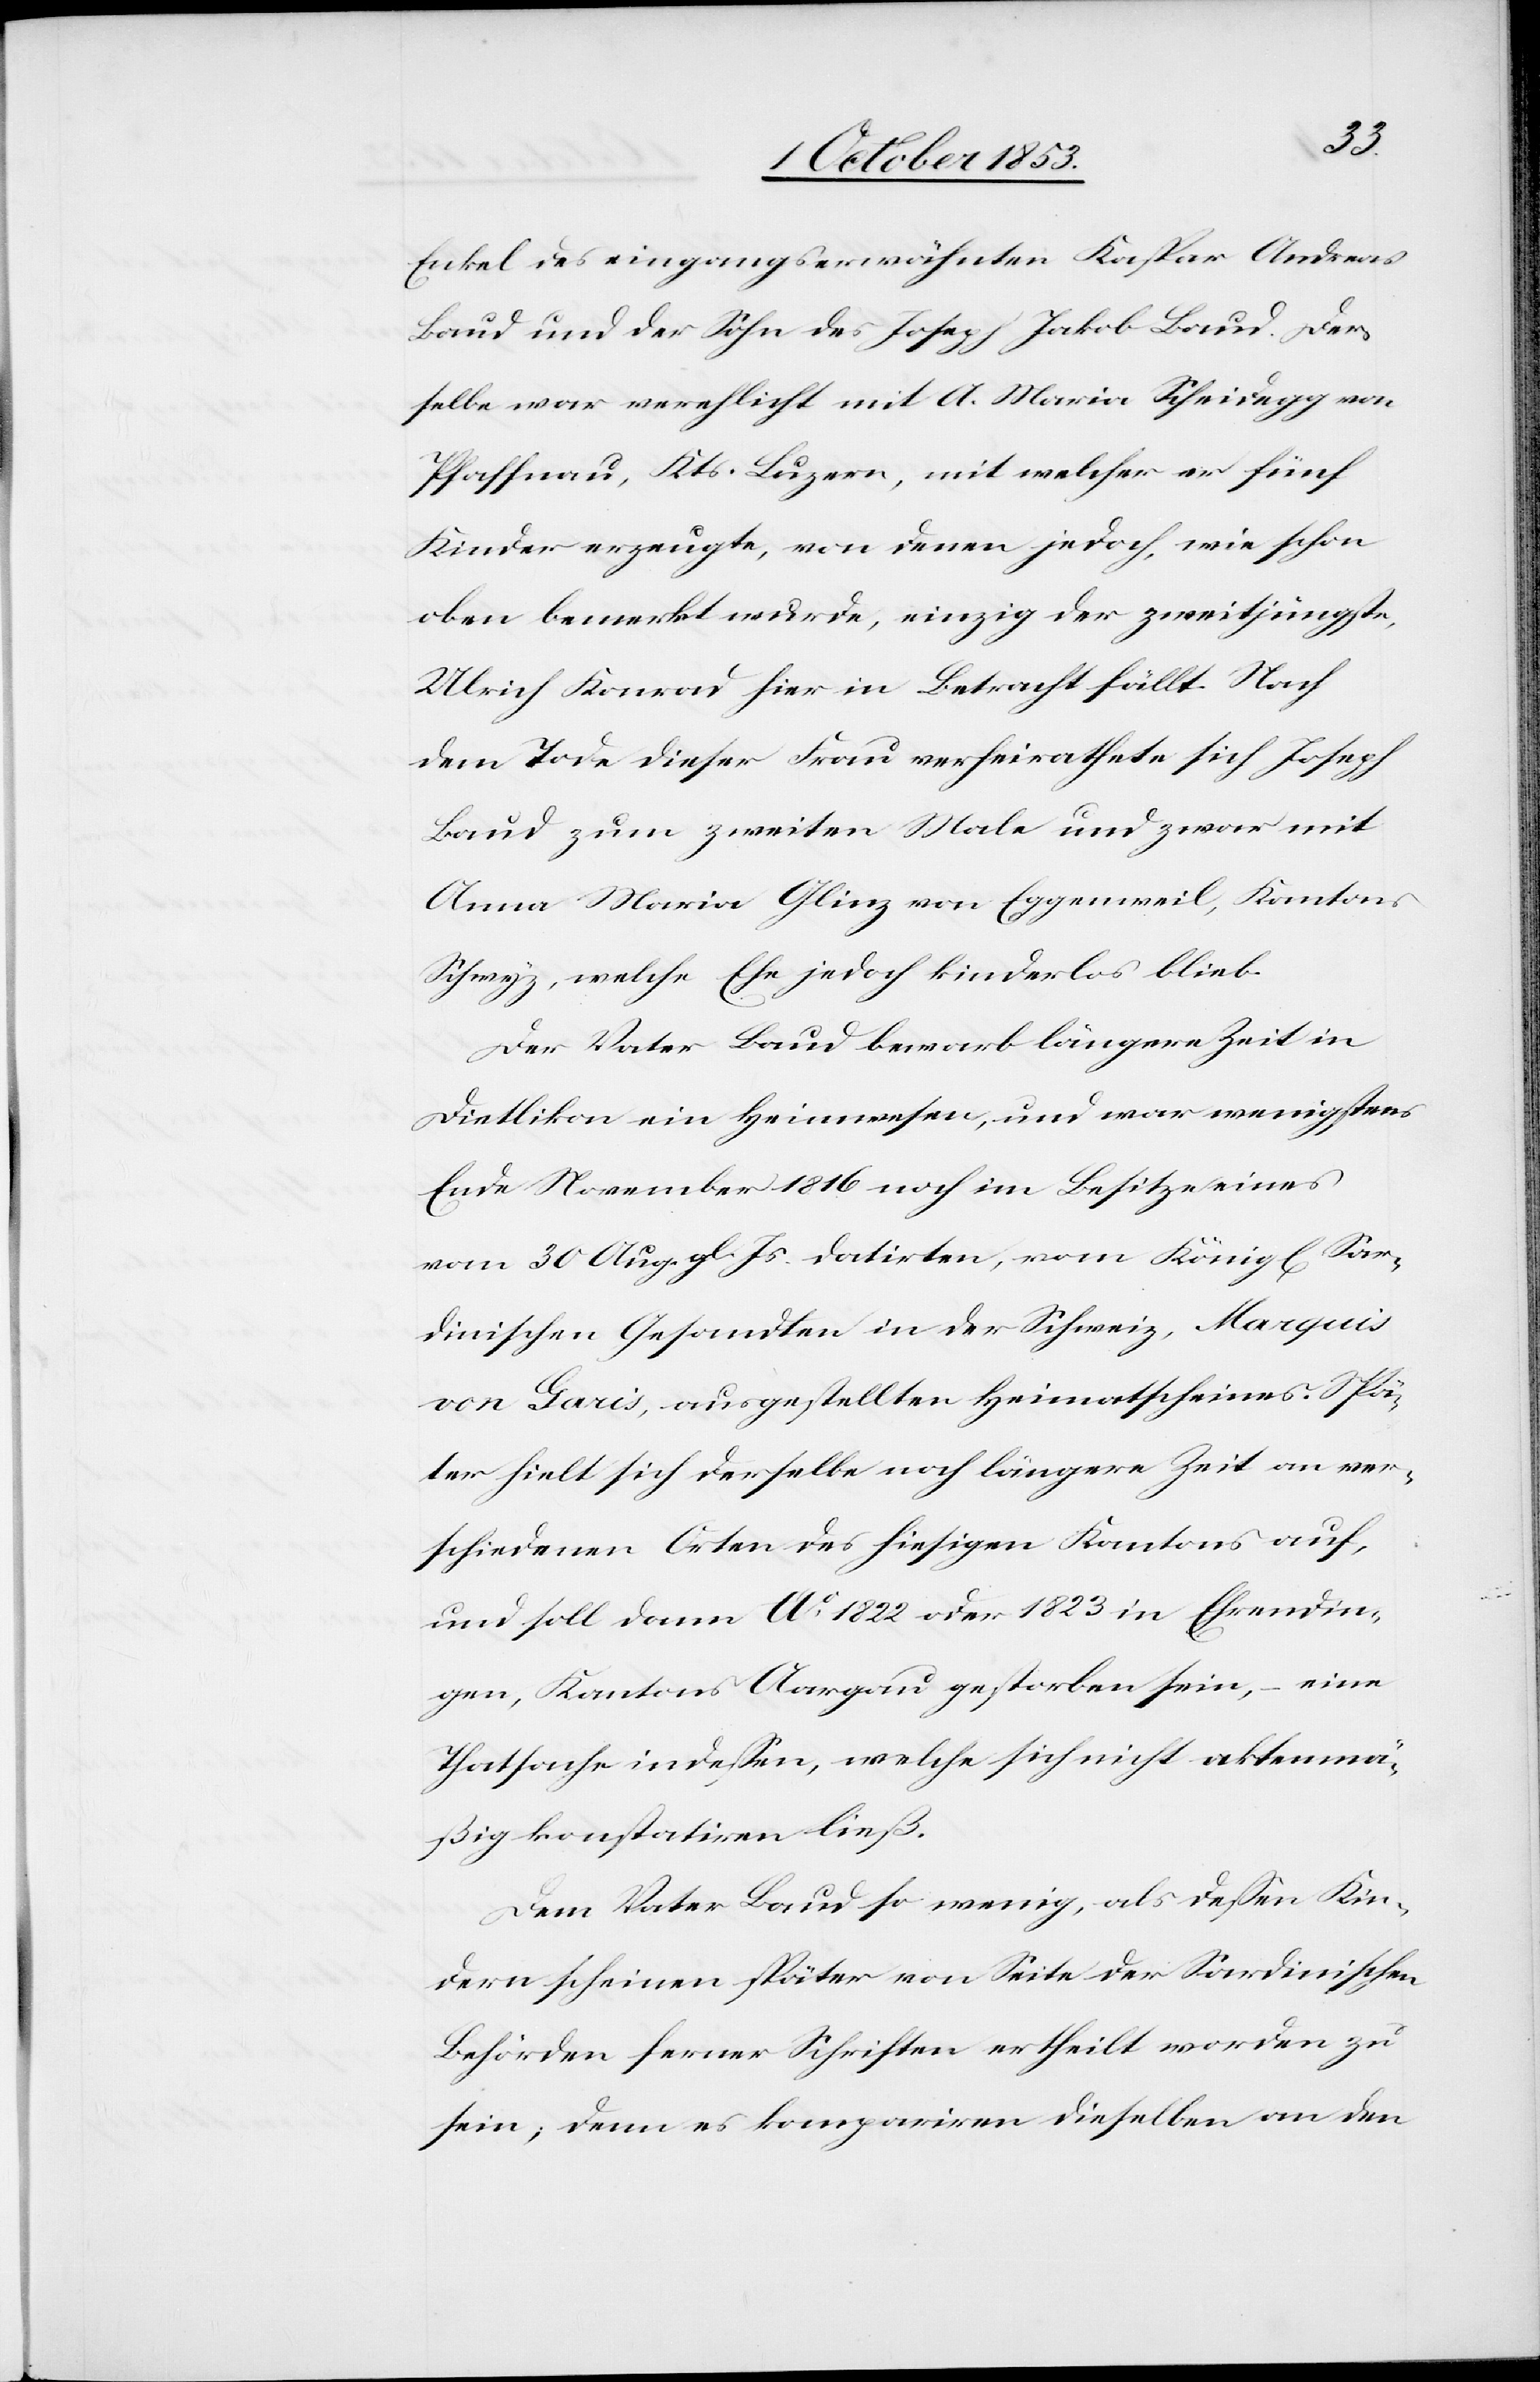
Enkel des eingangserwähnten Kaspar Andreas
Baud und der Sohn des Joseph Jakob Baud. Der¬
selbe war verehelicht mit A. Maria Scheidegg von
Pfaffnau, Kts. Luzern, mit welcher er fünf
Kinder erzeugte, von denen jedoch, wie schon
oben bemerkt wurde, einzig der zweitjüngste
Ulrich Konrad hier in Betracht fällt. Nach
dem Tode dieser Frau verheirathete sich Joseph
Baud zum zweiten Male und zwar mit
Anna Maria Glinz von Eggenweil, Kantons
Schwyz, welche Ehe jedoch kinderlos blieb.
Der Vater Baud bewarb längere Zeit in
Dietlikon ein Heimwesen, und war wenigstens
Ende November 1816 noch im Besitz eines
vom 30 Aug. gl. Js. datirten, vom König[lichen] Sar¬
dinischen Gesandten in der Schweiz, Marquis
von Garis, ausgestellten Heimatscheines. Spä¬
ter hielt sich derselbe noch längere Zeit an ver¬
schiedenen Orten des hiesigen Kantons auf,
und soll dann Ao. 1822 oder 1823 in Ehrendin¬
gen, Kantons Aargau gestorben sein, – eine
Thatsache indeßen, welche sich nicht aktenmä¬
ßig konstatiren ließ.
Dem Vater Baud so wenig, als deßen Kin¬
dern scheinen später von Seite der Sardinischen
Behörden ferner Schriften ertheilt worden zu
sein; denn es kompariren dieselben an den